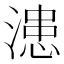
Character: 漶